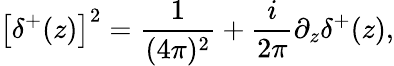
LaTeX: \left[\delta^{+}(z)\right]^{2}=\frac{1}{(4\pi)^{2}}+\frac{i}{2\pi}\partial_{z}\delta^{+}(z),